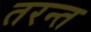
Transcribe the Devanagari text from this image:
तरन्त